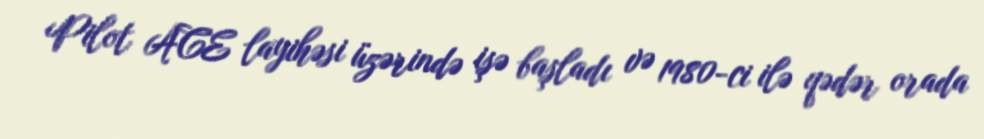
Pilot ACE layihəsi üzərində işə başladı və 1980-ci ilə qədər orada